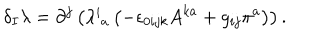
\delta _ { I } \lambda = \partial ^ { j } \left( \lambda _ { \; a } ^ { i } \left( - \epsilon _ { 0 i j k } A ^ { k a } + g _ { i j } \pi ^ { a } \right) \right) .